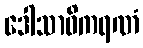
ဒေါသာဓိကရဏံ